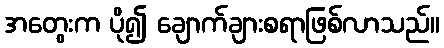
အတွေးက ပို၍ ချောက်ချားစရာဖြစ်လာသည်။